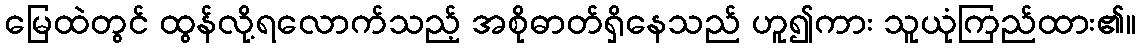
မြေထဲတွင် ထွန်လို့ရလောက်သည့် အစိုဓာတ်ရှိနေသည် ဟူ၍ကား သူယုံကြည်ထား၏။